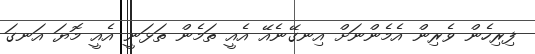
ފިރިހެން ވެެރިން އެމެންނަށް އިނގޭނެއޭ އެއީ ތަމެން ތަޅަނީ އެއީ މޮޔަ އަނގަ